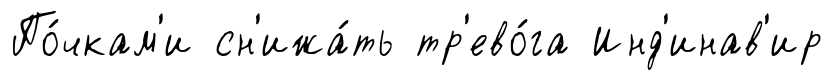
По́чкам'и сн'ижа́ть тр'ево́га Инд'инав'ир